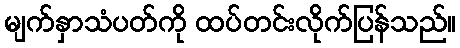
မျက်နှာသံပတ်ကို ထပ်တင်းလိုက်ပြန်သည်။